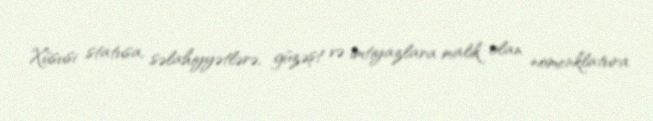
Xüsusi statusa, səlahiyyətlərə, güzəşt və imtiyazlara malik olan nomenklatura